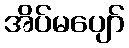
အိပ်မပျော်